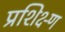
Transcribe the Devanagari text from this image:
प्रशिक्ष्ण